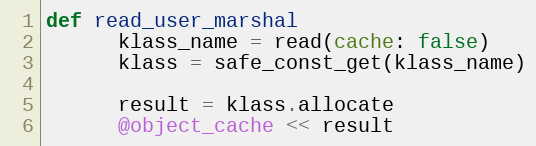
Language: Ruby
def read_user_marshal
      klass_name = read(cache: false)
      klass = safe_const_get(klass_name)

      result = klass.allocate
      @object_cache << result